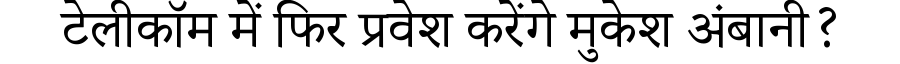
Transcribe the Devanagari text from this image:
टेलीकॉम में फिर प्रवेश करेंगे मुकेश अंबानी?